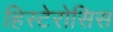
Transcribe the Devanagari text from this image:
हिस्टेरोसिस